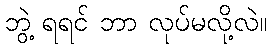
ဘွဲ့ ရရင် ဘာ လုပ်မလို့လဲ။